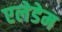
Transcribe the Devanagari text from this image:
एलेडेम